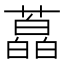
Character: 藠